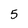
Character: 5